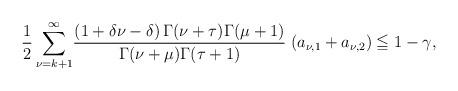
LaTeX: \begin{align*}\frac{1}{2} \sum_{\nu =k+1 }^{\infty}& \dfrac{(1+\delta \nu -\delta) \,\Gamma(\nu+\tau)\Gamma{(\mu+1)}}{\Gamma(\nu+\mu)\Gamma(\tau+1)} \;( a_{\nu ,1} + a_{\nu,2} )\leqq 1- \gamma,\end{align*}